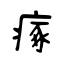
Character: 瘃